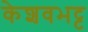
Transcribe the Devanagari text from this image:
केशवभट्ट